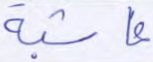
غاشية